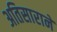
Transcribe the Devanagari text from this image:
अतिसाराने